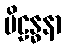
ပိဠန္ဓနာ